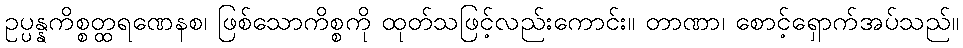
ဥပ္ပန္နကိစ္စတ္ထရဏေနစ၊ ဖြစ်သောကိစ္စကို ထုတ်သဖြင့်လည်းကောင်း။ တာဏာ၊ စောင့်ရှောက်အပ်သည်။